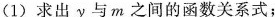
(1)求出y与m之间的函数关系式；